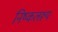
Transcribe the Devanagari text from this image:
निष्कलरूप